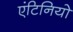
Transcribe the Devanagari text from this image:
एंटिनियो